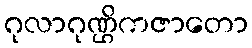
ဂုလာဂုဏ္ဌိကဇာတော